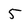
Character: 5